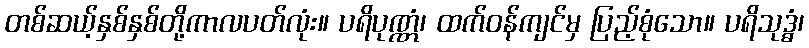
တစ်ဆယ့်နှစ်နှစ်တို့ကာလပတ်လုံး။ ပရိပုဏ္ဏံ၊ ထက်ဝန်ကျင်မှ ပြည့်စုံသော။ ပရိသုဒ္ဓံ၊